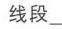
线段\_